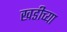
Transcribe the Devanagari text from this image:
खडीच्या